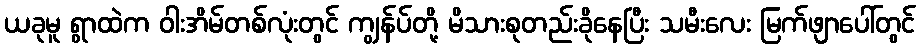
ယခုမူ ရွာထဲက ဝါးအိမ်တစ်လုံးတွင် ကျွန်ပ်တို့ မိသားစုတည်းခိုနေပြီး သမီးလေး မြက်ဖျာပေါ်တွင်